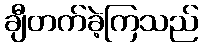
ချီတက်ခဲ့ကြသည်